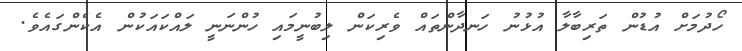
ހޯދުމަށް އުޑުން ތަރިބާލާ އުޅުނު ހަނދާންތައް ވެރިކަން ލިބުނީމައި ހުންނަނީ ލައްކައަކުން އެކެންގައެވެ.